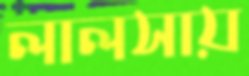
লালসায়